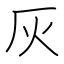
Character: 灰